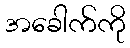
အခေါက်ကို